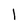
Character: 1